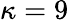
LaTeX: \kappa=9